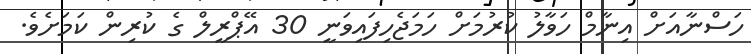
ހަސްނާއަށް އިނާމް ހަވާލު ކުރުމަށް ހަމަޖެހިފައިވަނީ 30 އޭޕްރީލް ގެ ކުރިން ކަމަށެވެ.